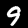
Label: 9